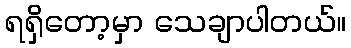
ရရှိတော့မှာ သေချာပါတယ်။